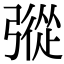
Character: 𢐔